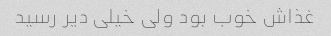
غذاش خوب بود ولی خیلی دیر رسید